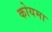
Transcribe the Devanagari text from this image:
कोयमा